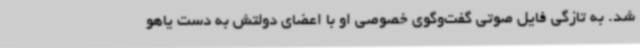
شد. به تازگی فایل صوتی گفت‌وگوی خصوصی او با اعضای دولتش به دست یاهو